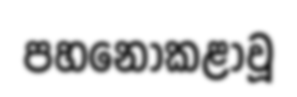
පහනොකළාවූ